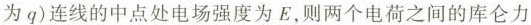
为q)连线的中点处电场强度为E，则两个电荷之间的库仑力